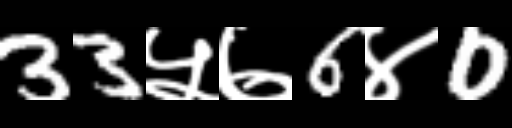
Text: 33५७6४0